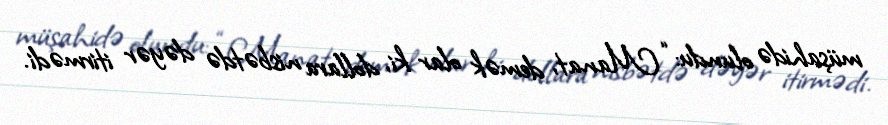
müşahidə olundu: “Manat, demək olar ki, dollara nisbətdə dəyər itirmədi.